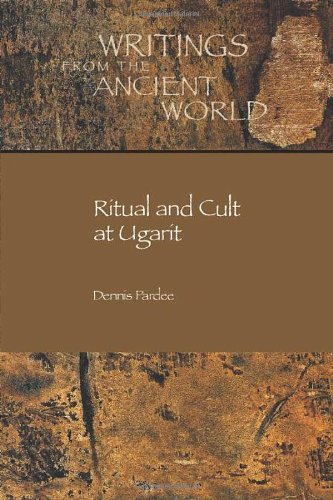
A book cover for Ritual and Cult at Ugarit (Writings from the Ancient World); Dennis Pardee; Religion & Spirituality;